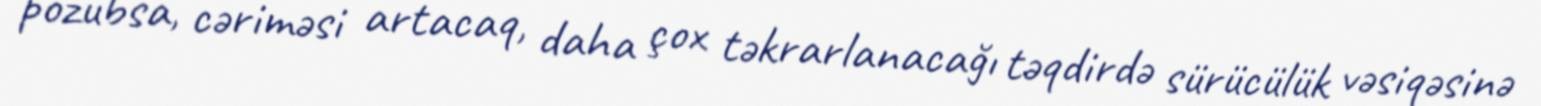
pozubsa, cəriməsi artacaq, daha çox təkrarlanacağı təqdirdə sürücülük vəsiqəsinə